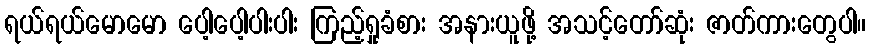
ရယ်ရယ်မောမော ပေါ့ပေါ့ပါးပါး ကြည့်ရှုခံစား အနားယူဖို့ အသင့်တော်ဆုံး ဇာတ်ကားတွေပါ။